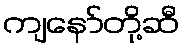
ကျနော်တို့ဆီ